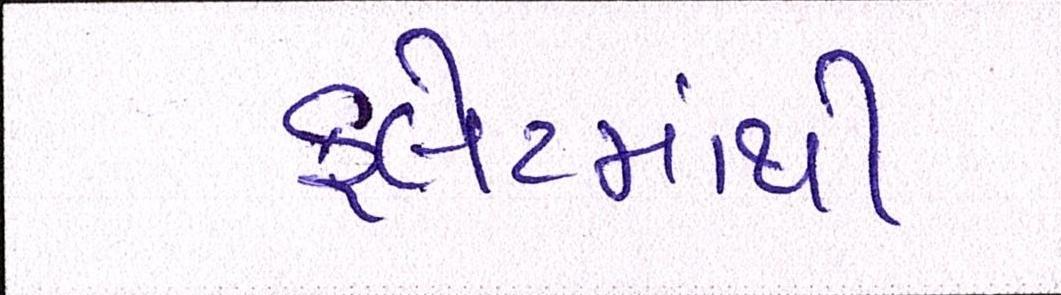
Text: ફલેટમાંથી